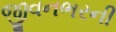
જીવનભરની